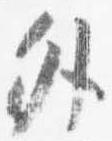
外